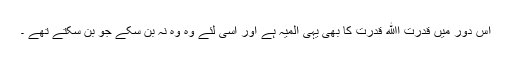
اس دور میں قدرت اﷲ قدرتؔ کا بھی یہی المیہ ہے اور اسی لئے وہ وہ نہ بن سکے جو بن سکتے تھے ۔